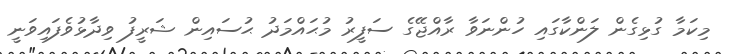
މިކަމާ ގުޅިގެން ލަންކާގައި ހުންނަވާ ރާއްޖޭގެ ސަފީރު މުޙައްމަދު ޙުސައިން ޝަރީފު ވިދާޅުވެފައިވަނީ